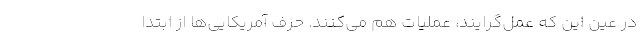
در عین این که عمل‌گرایند، عملیات هم می‌کنند. حرف آمریکایی‌ها از ابتدا